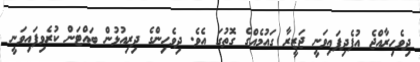
ދިވެހިރާއްޖެ އުފެދިފައިވަނީ ޖަޒީރާ ގައުމެއްގެ ގޮތުގަ އެވެ. ދިވެހިންގެ ދިރިއުޅުން ބައްޓަން ކުރެވިފައިވަނީ